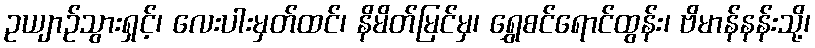
ဥယျာဉ်သွားရှင့်၊ လေးပါးမှတ်ထင်၊ နိမိတ်မြင်မှ၊ ရွှေစင်ရောင်ထွန်း၊ ဗိမာန်နန်းသို့၊